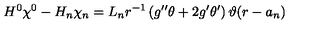
H ^ { 0 } \chi ^ { 0 } - H _ { n } \chi _ { n } = L _ { n } r ^ { - 1 } \left( g ^ { \prime \prime } \theta + 2 g ^ { \prime } \theta ^ { \prime } \right) \vartheta ( r - a _ { n } )